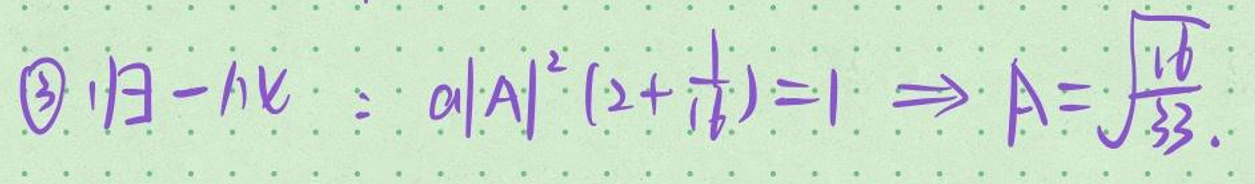
\textcircled{3}\(|\vec{B}-\vec{k}| = a|\vec{A}|^2(2+\frac{1}{6})=1 \Rightarrow A=\sqrt{\frac{16}{33}}\)